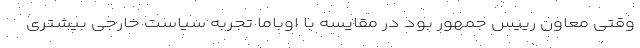
وقتی معاون رییس جمهور بود در مقایسه با اوباما تجربه سیاست خارجی بیشتری